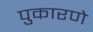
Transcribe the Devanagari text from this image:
पुकारणे